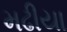
મઢીયા